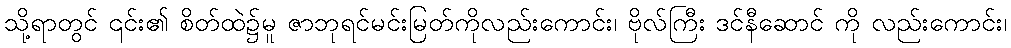
သို့ရာတွင် ၎င်း၏ စိတ်ထဲ၌မူ ဇာဘုရင်မင်းမြတ်ကိုလည်းကောင်း၊ ဗိုလ်ကြီး ဒင်နီဆောင် ကို လည်းကောင်း၊